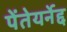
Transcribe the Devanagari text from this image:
पेंतेयर्नेद्द